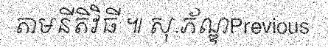
តាមនីតិវិធី ៕ សុ.ភ័ណ្ឌPrevious